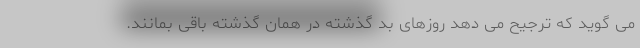
می گوید که ترجیح می دهد روزهای بد گذشته در همان گذشته باقی بمانند.